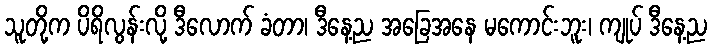
သူတို့က ပိရိလွန်းလို့ ဒီလောက် ခံတာ၊ ဒီနေ့ည အခြေအနေ မကောင်းဘူး၊ ကျုပ် ဒီနေ့ည